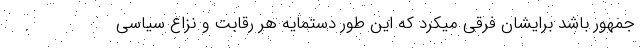
جمهور باشد برایشان فرقی میکرد که این طور دستمایه هر رقابت و نزاع سیاسی